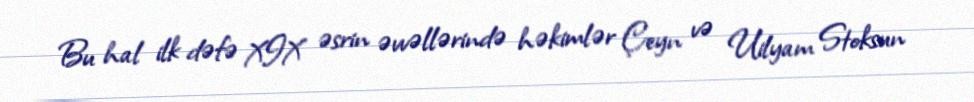
Bu hal ilk dəfə XIX əsrin əvvəllərində həkimlər Çeyn və Uilyam Stoksun